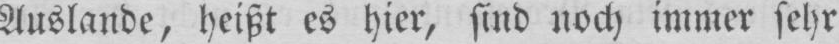
Auslande, heißt es hier, sind noch immer sehr